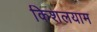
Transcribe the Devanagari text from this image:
किशलयाम